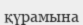
қүрамына